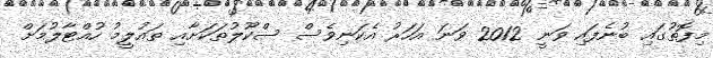
މިފޮތުގައި ބުނެފައި ވަނީ 2012 ވަނަ އަހަރު އެކަނިވެސް ސްކޫލުތަކަށާއި ތައުލީމު ހުއްޓާލުމަށް